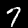
Digit: 7